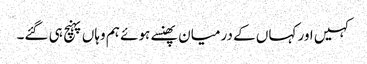
کہیں اور کہاں کے درمیان پھنسے ہوئے ہم وہاں پہنچ ہی گئے۔